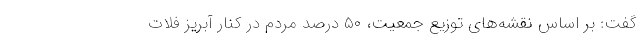
گفت: بر اساس نقشه‌های توزیع جمعیت، ۵۰ درصد مردم در کنار آبریز فلات